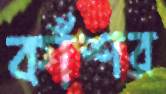
কাঁশর